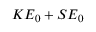
K E _ { 0 } + S E _ { 0 }